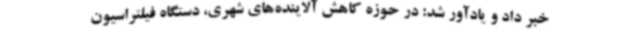
خبر داد و یادآور شد: در حوزه کاهش آلاینده‌های شهری، دستگاه فیلتراسیون